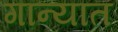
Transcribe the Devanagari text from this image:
गान्यात